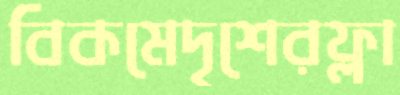
বিকমেদৃশেরফ্লা